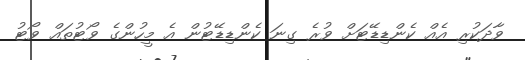
ވާދަކުރި އެއް ކެންޑިޑޭޓަށް ވުރެ ގިނަ ކެންޑިޑޭޓުން އެ މީހުންގެ ވޯޓުތައް ވޯޓު